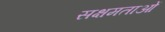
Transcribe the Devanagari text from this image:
सक्षमताओं